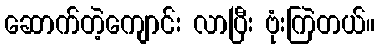
ဆောက်တဲ့ကျောင်း လာပြီး ဗုံးကြဲတယ်။